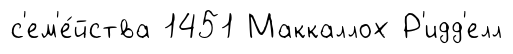
с'ем'е́йства 1451 Маккаллох Р'идд'елл